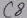
Text: C8